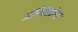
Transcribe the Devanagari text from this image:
अस्थिरतेचा